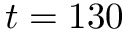
t = 1 3 0